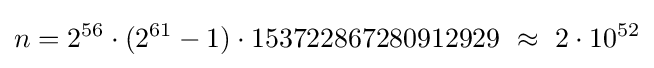
n=2^{56}\cdot (2^{61}-1)\cdot 153722867280912929\ \approx \ 2\cdot 10^{52}